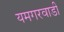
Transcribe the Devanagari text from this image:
यमगरवाडी